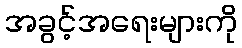
အခွင့်အရေးများကို